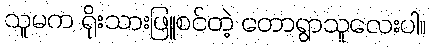
သူမက ရိုးသားဖြူစင်တဲ့ တောရွာသူလေးပါ။